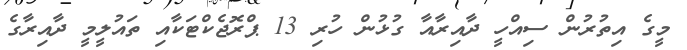
މީގެ އިތުރުން ސިއްހީ ދާއިރާއާ ގުޅުން ހުރި 13 ޕްރޮޖެކްޓަކާއި ތައުލީމީ ދާއިރާގެ